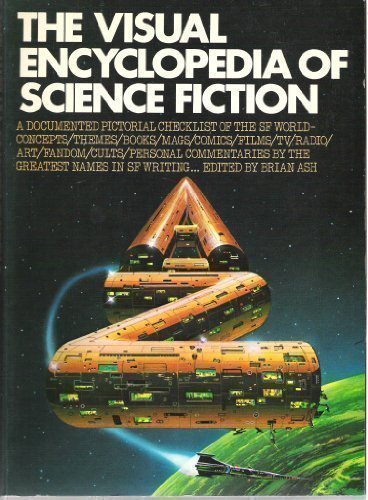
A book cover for The Visual Encyclopedia of Science Fiction; Reference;